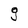
Character: g